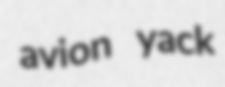
avion yack